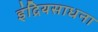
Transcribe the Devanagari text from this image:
इंद्रियसाधना